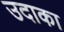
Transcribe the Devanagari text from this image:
उदाका